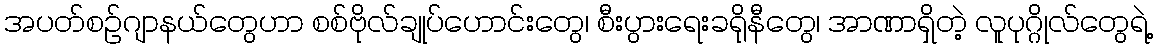
အပတ်စဉ်ဂျာနယ်တွေဟာ စစ်ဗိုလ်ချုပ်ဟောင်းတွေ၊ စီးပွားရေးခရိုနီတွေ၊ အာဏာရှိတဲ့ လူပုဂ္ဂိုလ်တွေရဲ့